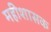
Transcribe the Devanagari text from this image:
महीशासक